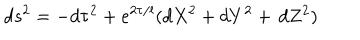
d s ^ { 2 } = - d \tau ^ { 2 } + e ^ { 2 \tau / l } ( d X ^ { 2 } + d Y ^ { 2 } + \, d Z ^ { 2 } )